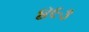
૪૯૩